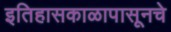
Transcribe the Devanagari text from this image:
इतिहासकाळापासूनचे